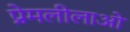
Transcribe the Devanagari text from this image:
प्रेमलीलाओं